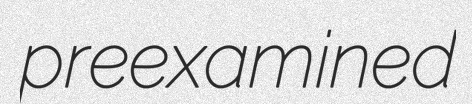
preexamined